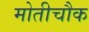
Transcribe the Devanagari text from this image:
मोतीचौक